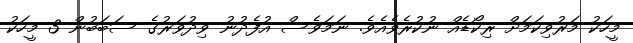
މީހަކު މަރުވިކަމަށް ރިކޯޑެއް ނުކުރެވެއެވެ. ނަމަވެސް އުފެދުނު ވިދުވަރުގެ ސަބަބުން 3 މީހަކު